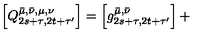
\left[ Q _ { 2 s + \tau , 2 t + \tau ^ { \prime } } ^ { \bar { \mu } , \bar { \nu } , \mu , \nu } \right] = \left[ g _ { 2 s + \tau , 2 t + \tau ^ { \prime } } ^ { \bar { \mu } , \bar { \nu } } \right] + \,